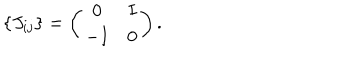
LaTeX: \{ J _ { i j } \} = \left( \begin{array} { c c } { { 0 } } & { { I } } \\ { { - I } } & { { 0 } } \\ \end{array} \right) .